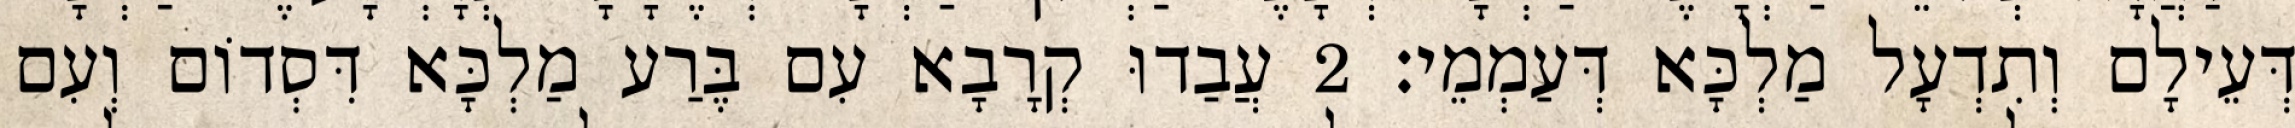
דְּעֵילָם וְתִדְעָל מַלְכָּא דְּעַמְמֵי׃ 2 עֲבַדוּ קְרָבָא עִם בֶּרַע מַלְכָּא דִּסְדוֹם וְעִם